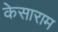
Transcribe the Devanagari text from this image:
केसाराम